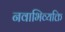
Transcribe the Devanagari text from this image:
नवाभिव्यक्ति